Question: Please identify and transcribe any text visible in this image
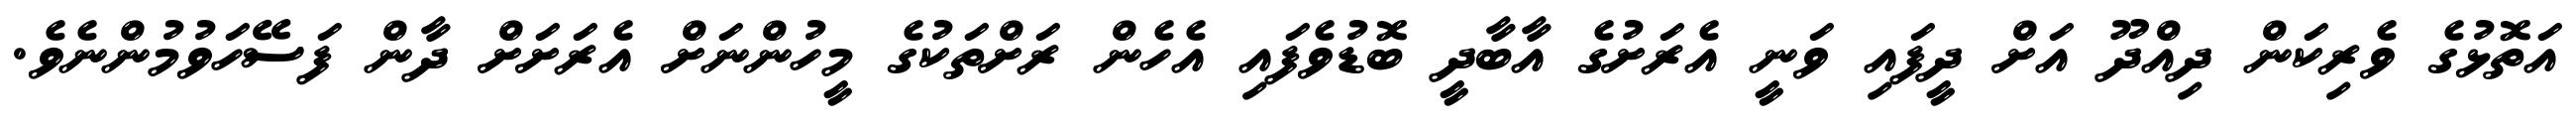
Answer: އަތޮޅުގެ ވެރިކަން ދިއްދޫ އަށް ދީފައި ވަނީ އެރަށުގެ އާބާދީ ބޮޑުވެފައި އެހެން ރަށްތަކުގެ މީހުންނަށް އެރަށަށް ދާން ފަސޭހަވުމުންނެވެ.